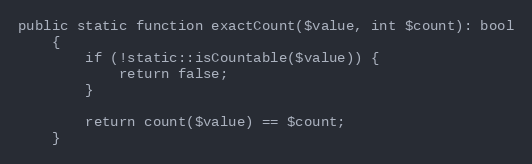
Language: PHP
public static function exactCount($value, int $count): bool
    {
        if (!static::isCountable($value)) {
            return false;
        }

        return count($value) == $count;
    }